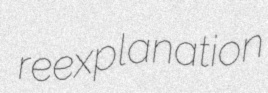
reexplanation